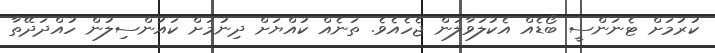
ކުރުމަށް ޓެނަންސީ ބޯޑެއް އެކުލަވާލަން ޖެހެއެވެ. ތަނެއް ކުއްޔަށް ދިނުމަށް ކައުންސިލުން ހުއްދަދޭތާ